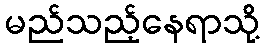
မည်သည့်နေရာသို့